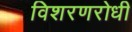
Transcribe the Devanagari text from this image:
विशरणरोधी